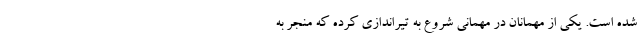
شده است. یکی از مهمانان در مهمانی شروع به تیراندازی کرده که منجر به